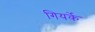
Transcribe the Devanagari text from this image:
गियर्के